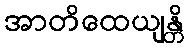
အာတိထေယျန္တိ